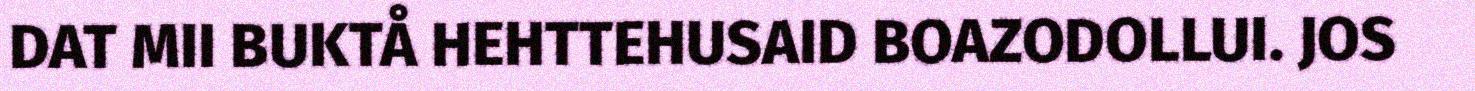
DAT MII BUKTÅ HEHTTEHUSAID BOAZODOLLUI. JOS